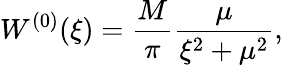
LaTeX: W^{(0)}(\xi)=\frac{M}{\pi}\frac{\mu}{\xi^{2}+\mu^{2}},